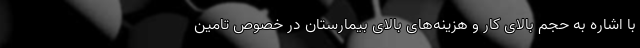
با اشاره به حجم بالای کار و هزینه‌های بالای بیمارستان در خصوص تامین